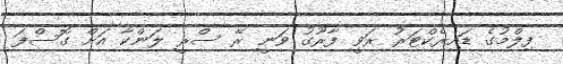
ފިލްމުގެ ޑައިރެކްޓަރު ރަވީ ފާރޫގު ވަނީ ރޭ ސްރީ ލަންކާ އަށް ގޮސްފަ